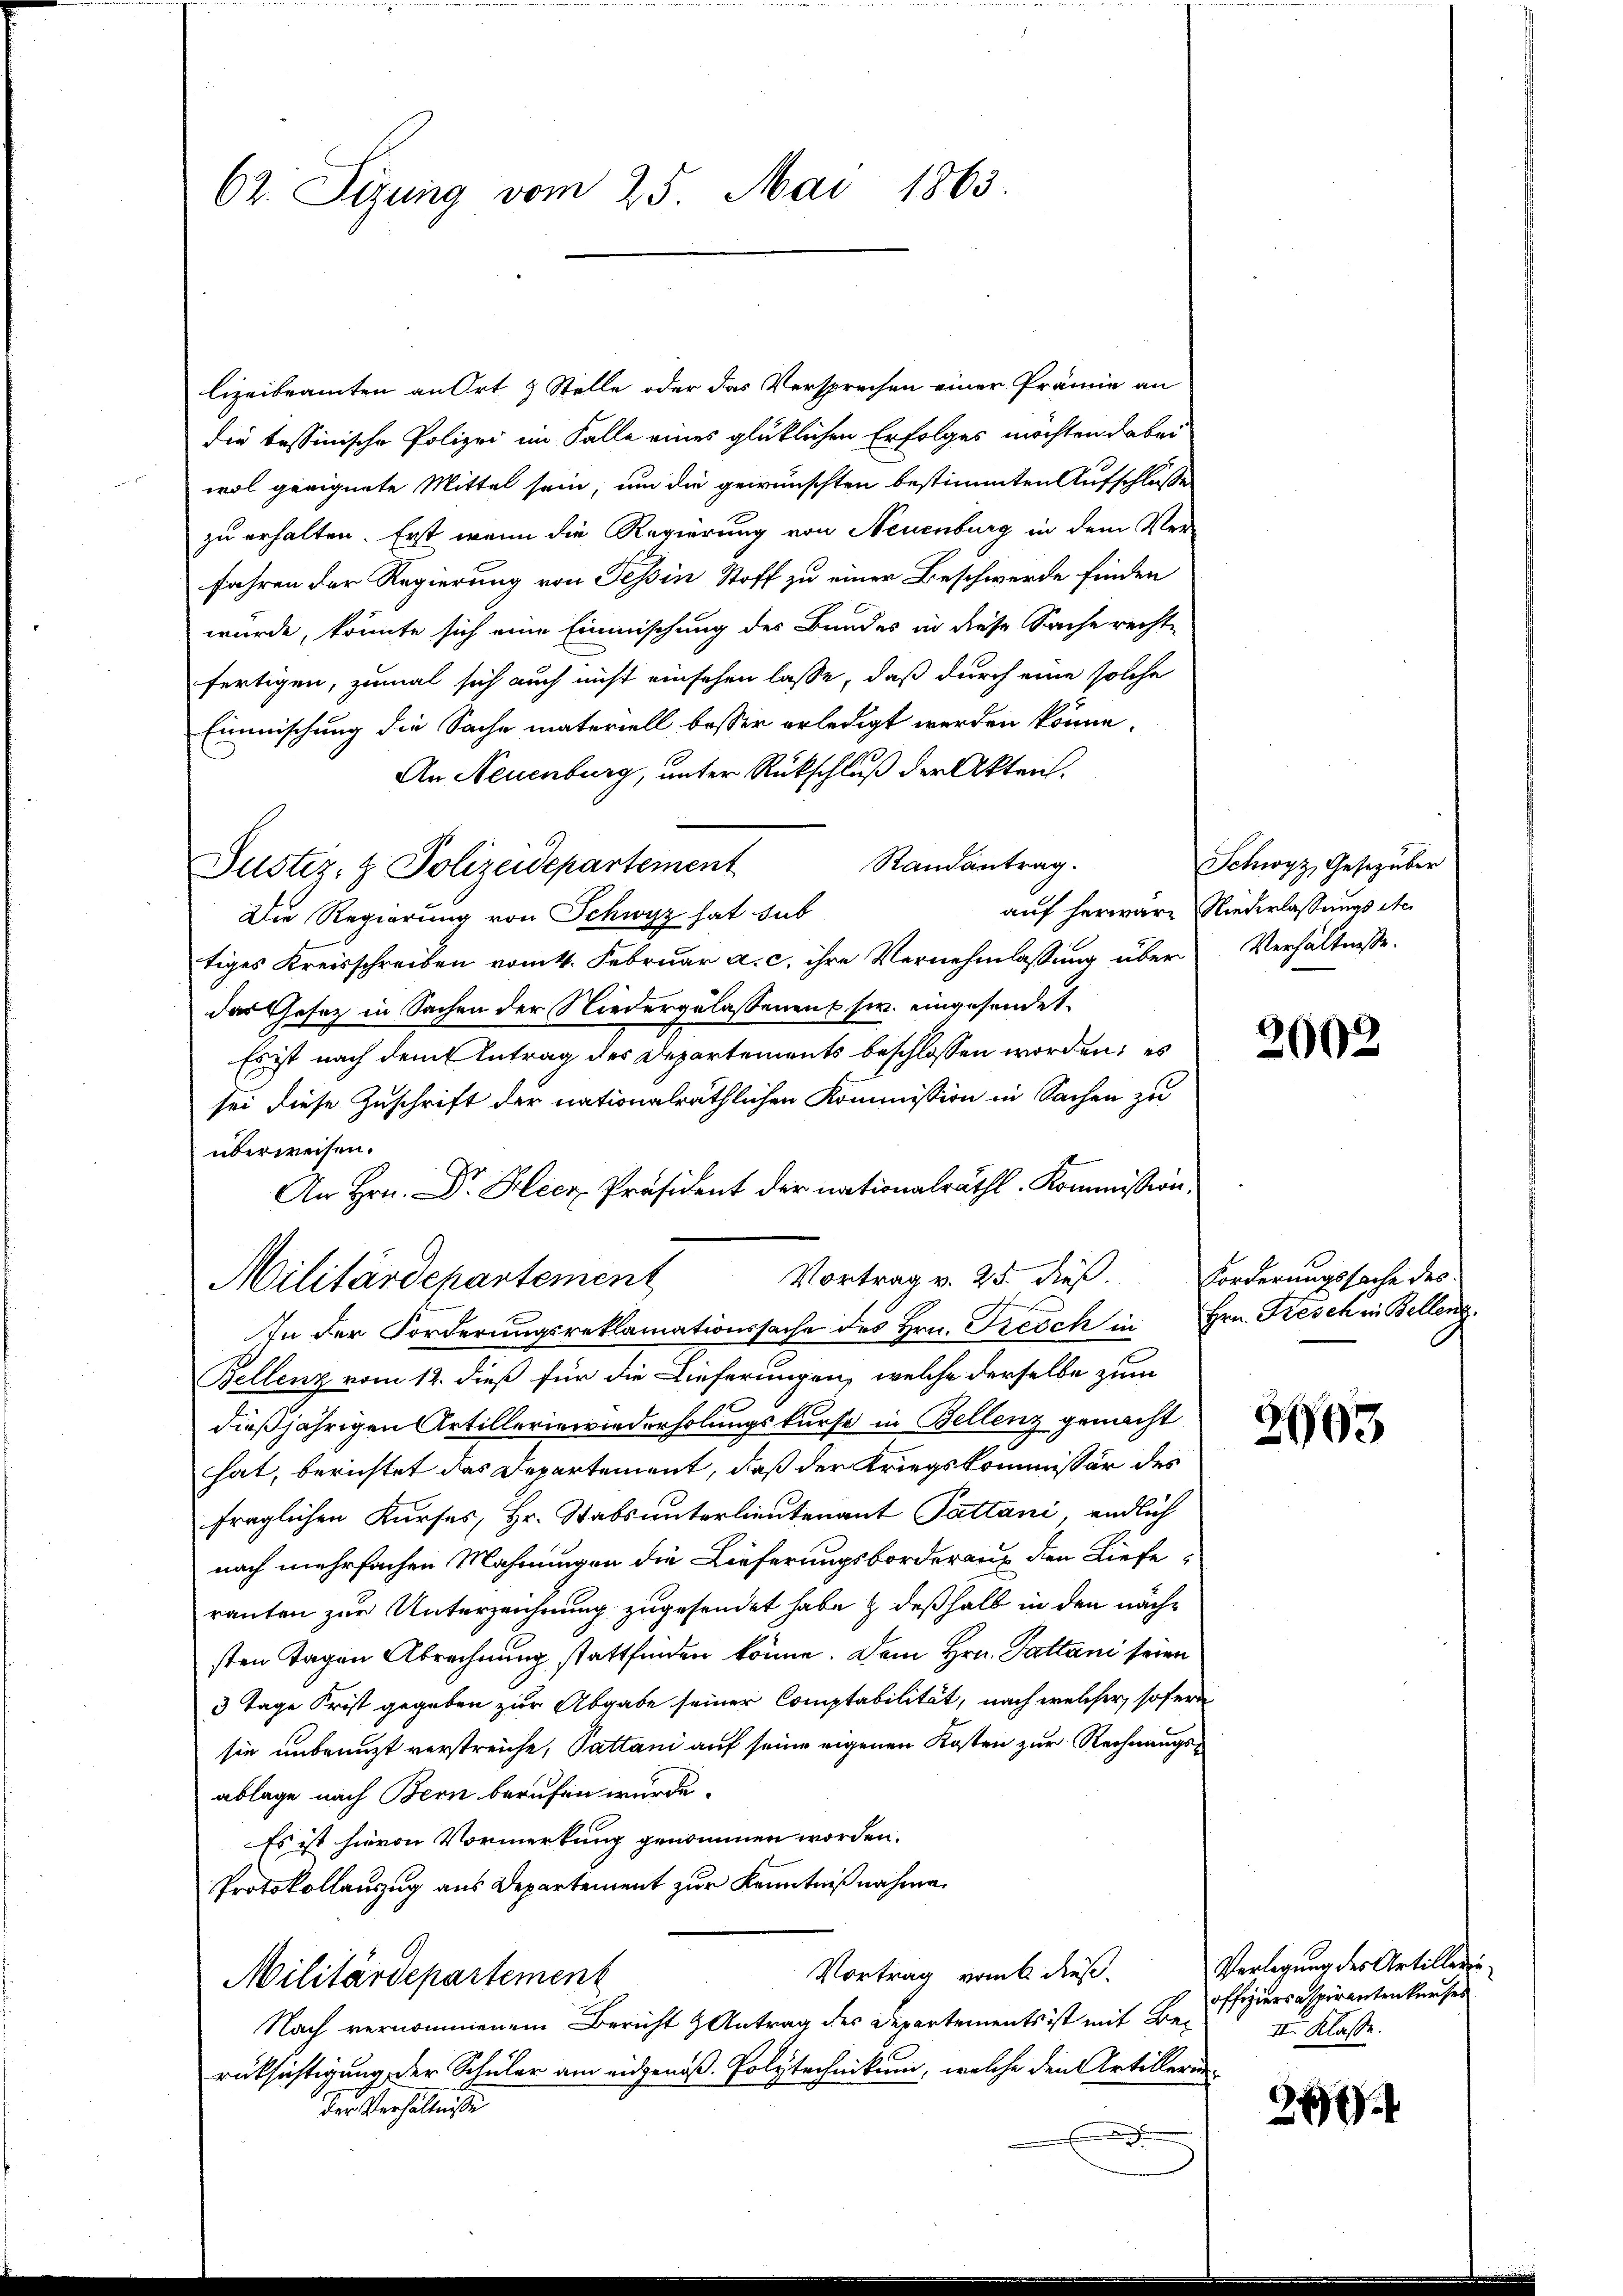
62. Sigung vom 25. Mai 1863.

lizeibeamten an Ort & Stelle oder das Versprechen einer Prämie an
die tessinische Polizei im Falle eines glüklichen Erfolges möchten dabei
wol geeignete Mittel sein, um die gewünschten bestimmten Aufschluße
zu erhalten. Erst wenn die Regierung von Neuenburg in dem Verfahren der Regierung von Tessin Stoff zu einer Beschwerde finden
würde, könnte sich eine Einmischung des Bundes in diese Sache recht-
fertigen, zumal sich auch nicht einsehen lasse, daß durch eine solche
Einmischung die Sache materiell besser erledigt werden könne.
An Neuenburg, unter Rückschluß der Akten.
Randantrag.
Die Regierung von Schwyz hat sub
tiges Kreisschreiben vom 4. Februar a. c. ihre Vernehmlassung über
das Gesetz in Sachen der Niedergelassenen sr. eingesendet.
Es ist nach dem Antrag des Departements beschlossen worden; es
sei diese Zuschrift der nationalräthlichen Kommission in Sachen zu
überweisen.
An Hrn. Dr. Heer Präsident der nationalräthl. Kommission,
Vortrag v. 25. dieß. Forderungssache des
Militärdepartement
In der Forderungsreklamationssache des Hrn. Treich in Hrn. Frisch in Belleng
Bellenz vom 12. dieß für die Lieferungen, welche derselbe zum
dießjährigen Artilleriewiederholungskurse in Bellenz gemacht
hat, berichtet das Departement, daß der Kriegskommissär des
fraglichen Kurses, Hr. Stabsunterlieutenant Pattani, endlich
nach mehrfachen Mahnungen die Lieferungsborderauf den Liefe
rauten zur Unterzeichnung zugesendet habe & deßhalb in den nachsten Tagen Abrechnung stattfinden könne. Dem Hrn. Pattani seien
3 Tage Prost gegeben zur Abgabe seiner Comptabilität, nach welcher, sofern
sie unbenuzt verstreiche, Pattani auf seine eigenen Kosten zur Rechnungsablage nach Bern berufen wurde.
Es ist hievon Vormerkung genommen worden.
Protokollauszug aus Departement zur Kenntnißnahme.
Vortrag vom 6 dieß.
Militärdepartement
Nach vernommenem Bericht & Antrag des Departements ist mit Berücksichtigung der Schüler am eidgenoß. Polytechnikum, welche den Artillerin-
der Verhältnisse
.

Justiz- & Polizeidepartement

Schwyz, Gesetz über
auf herwäre Niederlassungs ste
Verhältnisse.

2002

2603

Verlegung des Artillerioffiziersaspirantenkurses
II. Klasse.

.
7